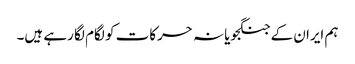
ہم ایران کے جنگجویانہ حرکات کو لگام لگا رہے ہیں۔